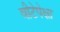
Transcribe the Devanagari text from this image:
वीटेपेक्षा